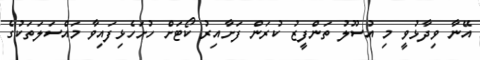
އޭނާ ވިދާޅުވީ މި އުސޫލު ތަންފީޒު ކުރަން ފަށާއިރު ކޯޓަށް ހުށަހެޅިފައިވާ މައްސަލަތަކުގެ